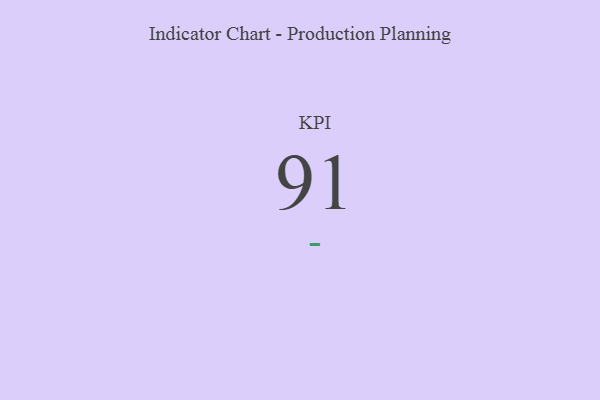
{"axis": {"x": "KPI", "y": "Value"}, "legend": [""], "data": [{"x": "KPI", "y": 91, "type": ""}]}